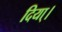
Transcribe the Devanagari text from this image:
दिया्।